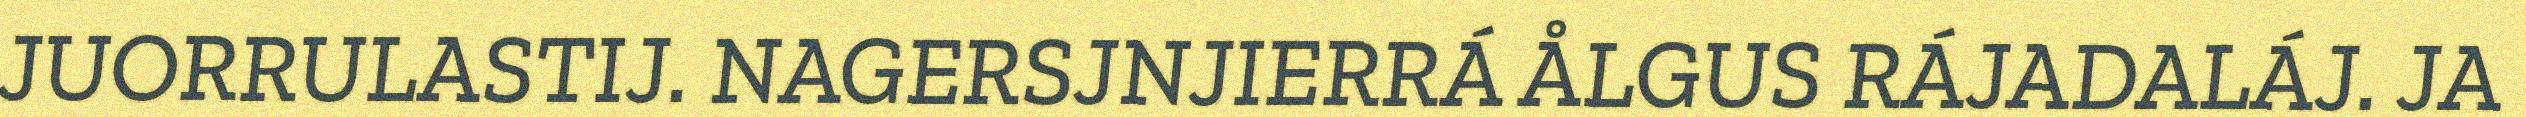
JUORRULASTIJ. NAGERSJNJIERRÁ ÅLGUS RÁJADALÁJ. JA